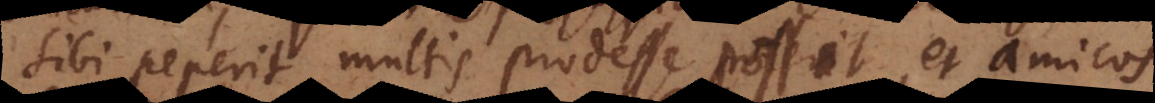
sibi peperit, multis prodesse possit, et amicos